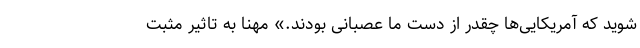
شوید که آمریکایی‌ها چقدر از دست ما عصبانی بودند.» مهنا به تاثیر مثبت